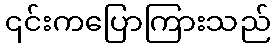
၎င်းကပြောကြားသည်